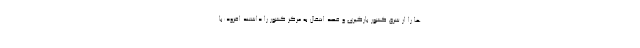
ها را از شرق کشور بارگیری و قصد انتقال به مرکز کشور را داشتند افزود:با